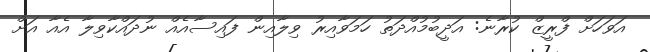
އަވަހަށް ފްރީޒް ކުރާނެ: އަދީބުމުއްދަތު ހަމަވާއިރު ވިލާއިން ފައިސާއެއް ނުދައްކާވިލާ އެއާ އަށް